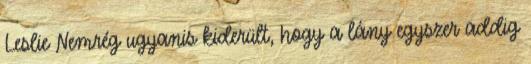
Leslie Nemrég ugyanis kiderült, hogy a lány egyszer addig